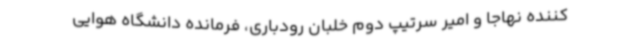
کننده نهاجا و امیر سرتیپ دوم خلبان رودباری، فرمانده دانشگاه هوایی